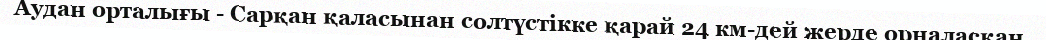
Аудан орталығы - Сарқан қаласынан солтүстікке қарай 24 км-дей жерде орналасқан.